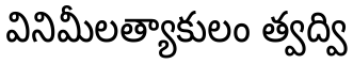
వినిమీలత్యాకులం త్వద్వి